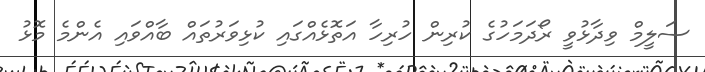
ސަލީމް ވިދާޅުވީ ރޯދަމަހުގެ ކުރިން ހުރިހާ އަތޮޅެއްގައި ކުޅިވަރުތައް ބާއްވައި އެންމެ މޮޅު